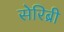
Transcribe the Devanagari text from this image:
सेरिब्री